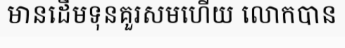
មានដើមទុនគួរសមហើយ លោកបាន